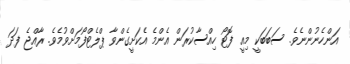
އަންހެނުންނެވެ. ސަބަބަކީ މިއީ ފޮޓޯ ހިއްސާކުރަން އެންމެ އެކަށީގެންވާ ޕްލެޓްފޯމަށްވުމެވެ. ރާއްޖެ ފަދަ